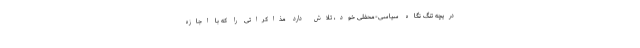
دریچه تنگ نگاه سیاسی-محفلی خود، تلاش دارد مذاکراتی را که با اجازه